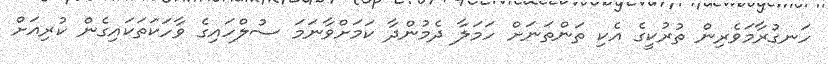
ހަނގުރާމަވެރިން ތުރުކީގެ އެކި ތަންތަނަށް ހަމަލާ ދެމުންދާ ކަމަށްވާނަމަ ސުލްހައިގެ ވާހަކަތަކައިގެން ކުރިއަށް